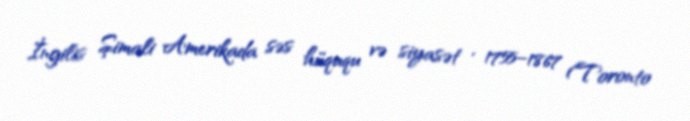
İngilis Şimali Amerikada səs hüququ və siyasət , 1755–1867 (Toronto